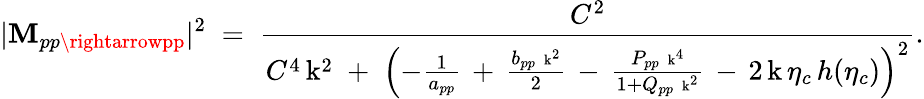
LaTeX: |\mathbf{M}_{pp\rightarrowpp}|^{2}\; =\; \frac{{C^{2}}}{{C^{4}\, \mathrm{{k}}^{2}\; +\; \left(-\frac{{1}}{{a_{pp}}}\, +\, \frac{{b_{pp}\, \mathrm{{\scriptsize~k}}^{2}}}{{2}}\, -\, \frac{{P_{pp}\, \mathrm{{\scriptsize~k}}^{4}}}{{1+Q_{pp}\, \mathrm{{\scriptsize~k}}^{2}}}\, -\, 2\, \mathrm{{k}}\, \eta_{c}\, h(\eta_{c})\right)^{2}}}.